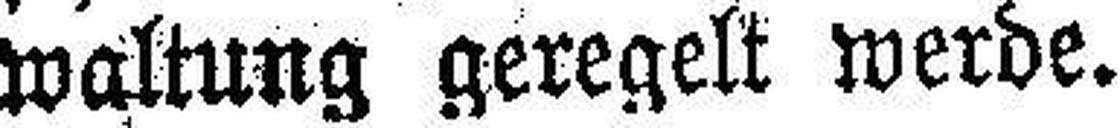
waltung geregelt werde.